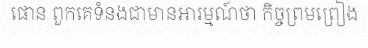
ផោន ពួកគេទំនងជាមានអារម្មណ៍ថា កិច្ចព្រមព្រៀង